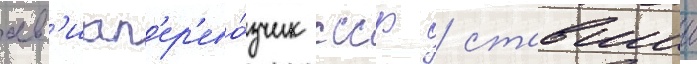
ав'иап'ер'ево́зчик ссср / ставшии